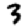
Digit: 3